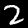
Label: 2